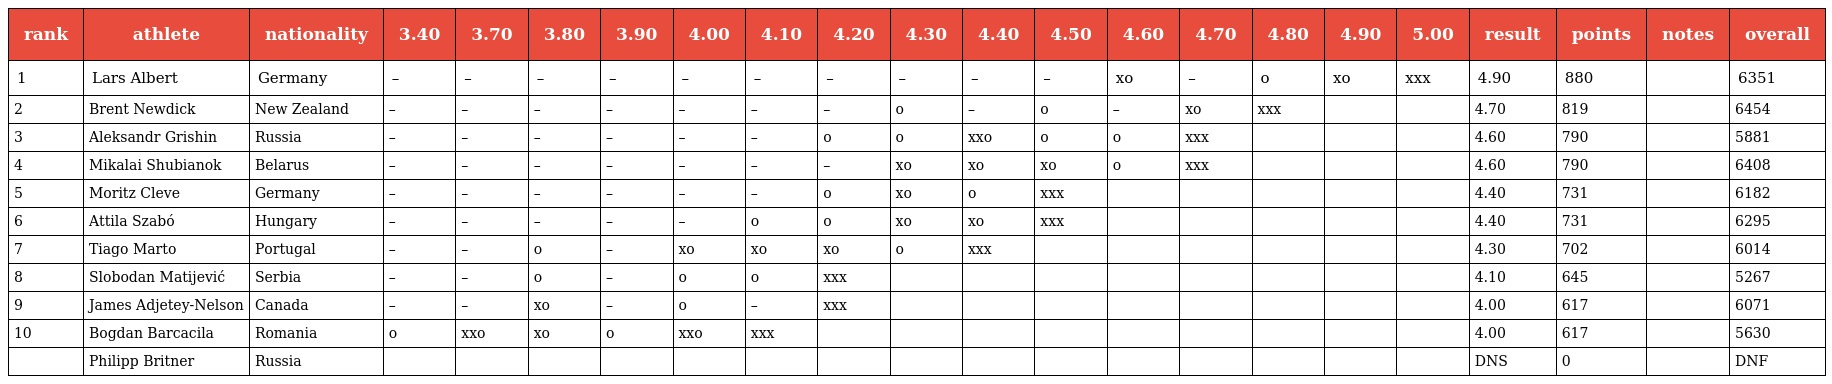
| rank | athlete | nationality | 3.40 | 3.70 | 3.80 | 3.90 | 4.00 | 4.10 | 4.20 | 4.30 | 4.40 | 4.50 | 4.60 | 4.70 | 4.80 | 4.90 | 5.00 | result | points | notes | overall |
 | --- | --- | --- | --- | --- | --- | --- | --- | --- | --- | --- | --- | --- | --- | --- | --- | --- | --- | --- | --- | --- | --- |
 | 1 | Lars Albert | Germany | – | – | – | – | – | – | – | – | – | – | xo | – | o | xo | xxx | 4.90 | 880 |  | 6351 |
 | 2 | Brent Newdick | New Zealand | – | – | – | – | – | – | – | o | – | o | – | xo | xxx |  |  | 4.70 | 819 |  | 6454 |
 | 3 | Aleksandr Grishin | Russia | – | – | – | – | – | – | o | o | xxo | o | o | xxx |  |  |  | 4.60 | 790 |  | 5881 |
 | 4 | Mikalai Shubianok | Belarus | – | – | – | – | – | – | – | xo | xo | xo | o | xxx |  |  |  | 4.60 | 790 |  | 6408 |
 | 5 | Moritz Cleve | Germany | – | – | – | – | – | – | o | xo | o | xxx |  |  |  |  |  | 4.40 | 731 |  | 6182 |
 | 6 | Attila Szabó | Hungary | – | – | – | – | – | o | o | xo | xo | xxx |  |  |  |  |  | 4.40 | 731 |  | 6295 |
 | 7 | Tiago Marto | Portugal | – | – | o | – | xo | xo | xo | o | xxx |  |  |  |  |  |  | 4.30 | 702 |  | 6014 |
 | 8 | Slobodan Matijević | Serbia | – | – | o | – | o | o | xxx |  |  |  |  |  |  |  |  | 4.10 | 645 |  | 5267 |
 | 9 | James Adjetey-Nelson | Canada | – | – | xo | – | o | – | xxx |  |  |  |  |  |  |  |  | 4.00 | 617 |  | 6071 |
 | 10 | Bogdan Barcacila | Romania | o | xxo | xo | o | xxo | xxx |  |  |  |  |  |  |  |  |  | 4.00 | 617 |  | 5630 |
 |  | Philipp Britner | Russia |  |  |  |  |  |  |  |  |  |  |  |  |  |  |  | DNS | 0 |  | DNF |